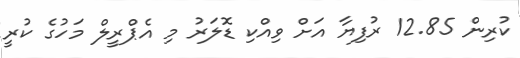
ކުރިން 12.85 ރުފިޔާ އަށް ވިއްކި ޑޮލަރު މި އެޕްރީލް މަހުގެ ކުރީ